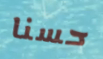
حسنا